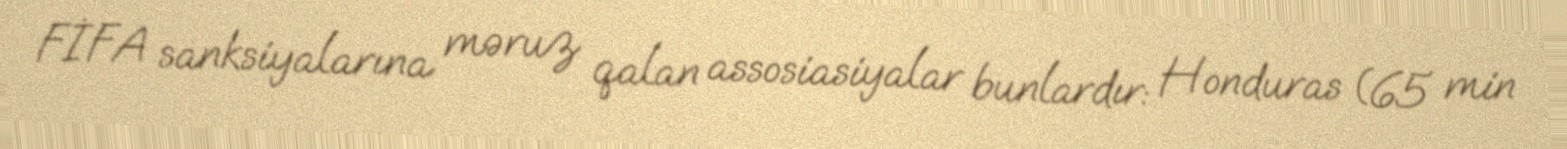
FİFA sanksiyalarına məruz qalan assosiasiyalar bunlardır: Honduras (65 min